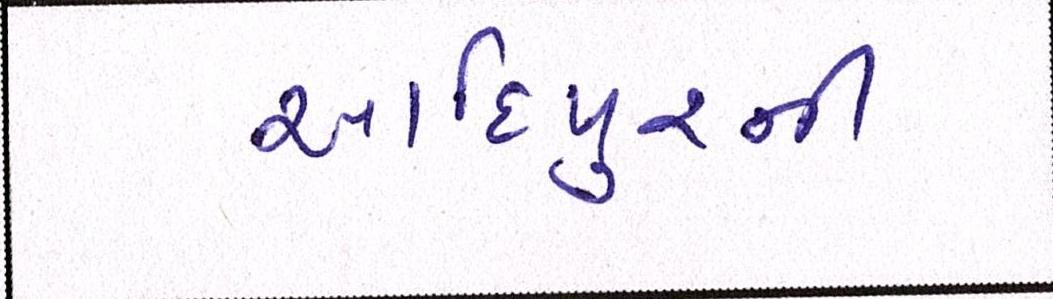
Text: આદિપુરની